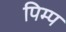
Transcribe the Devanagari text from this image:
पिम्प